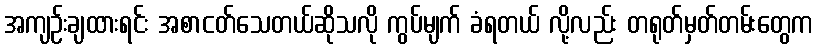
အကျဉ်းချထားရင်း အစာငတ်သေတယ်ဆိုသလို ကွပ်မျက် ခံရတယ် လို့လည်း တရုတ်မှတ်တမ်းတွေက